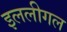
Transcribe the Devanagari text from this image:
इललीगल